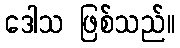
ဒေါသ ဖြစ်သည်။